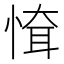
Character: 𢝉